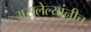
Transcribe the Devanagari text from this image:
असलेल्यांनीच